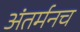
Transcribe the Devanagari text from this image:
अंतर्मनच